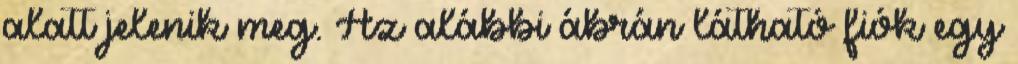
alatt jelenik meg. Az alábbi ábrán látható fiók egy